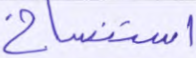
استنساخ